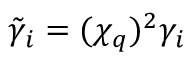
\tilde { \gamma } _ { i } = ( \chi _ { q } ) ^ { 2 } \gamma _ { i }